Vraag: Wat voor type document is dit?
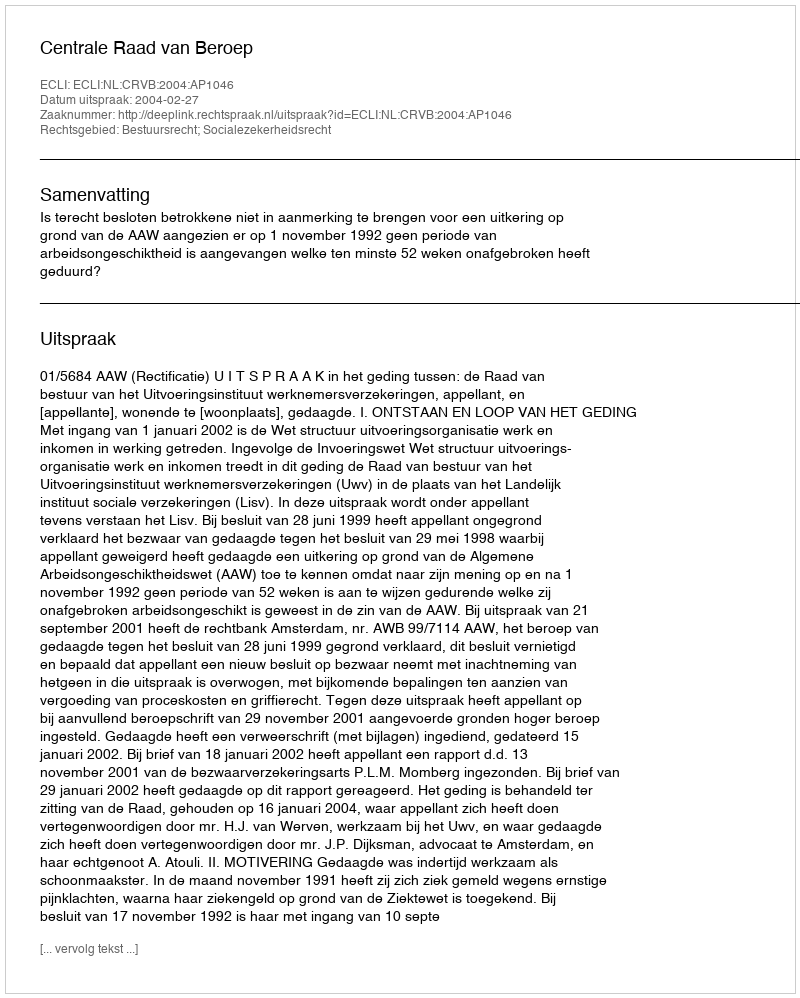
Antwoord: Uitspraak